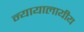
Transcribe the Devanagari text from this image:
न्यायालायीय